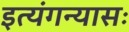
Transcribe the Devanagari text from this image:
इत्यंगन्यासः